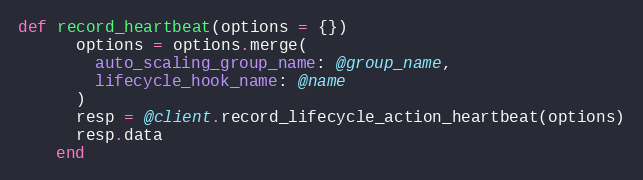
Language: Ruby
def record_heartbeat(options = {})
      options = options.merge(
        auto_scaling_group_name: @group_name,
        lifecycle_hook_name: @name
      )
      resp = @client.record_lifecycle_action_heartbeat(options)
      resp.data
    end